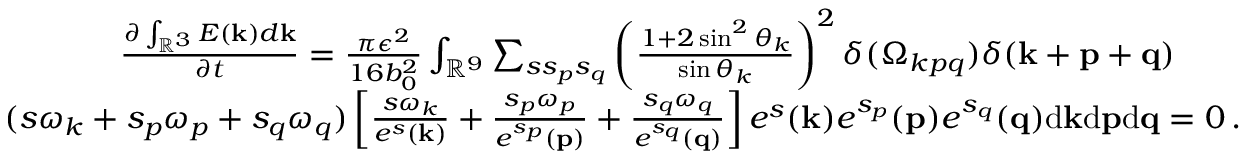
\begin{array} { r l r } & { } & { \frac { \partial \int _ { { \mathbb { R } } ^ { 3 } } E ( { \bf k } ) d { \bf k } } { \partial t } = \frac { \pi \epsilon ^ { 2 } } { 1 6 b _ { 0 } ^ { 2 } } \int _ { { \mathbb { R } } ^ { 9 } } \sum _ { s s _ { p } s _ { q } } \left( \frac { 1 + 2 \sin ^ { 2 } \theta _ { k } } { \sin \theta _ { k } } \right) ^ { 2 } \delta ( \Omega _ { k p q } ) \delta ( { \bf k } + { \bf p } + { \bf q } ) \quad \quad } \\ & { } & { ( s \omega _ { k } + s _ { p } \omega _ { p } + s _ { q } \omega _ { q } ) \left[ \frac { s \omega _ { k } } { e ^ { s } ( { \bf k } ) } + \frac { s _ { p } \omega _ { p } } { e ^ { s _ { p } } ( { \bf p } ) } + \frac { s _ { q } \omega _ { q } } { e ^ { s _ { q } } ( { \bf q } ) } \right] e ^ { s } ( { \bf k } ) e ^ { s _ { p } } ( { \bf p } ) e ^ { s _ { q } } ( { \bf q } ) \mathrm { d } { \bf k } \mathrm { d } { \bf p } \mathrm { d } { \bf q } = 0 \, . } \end{array}